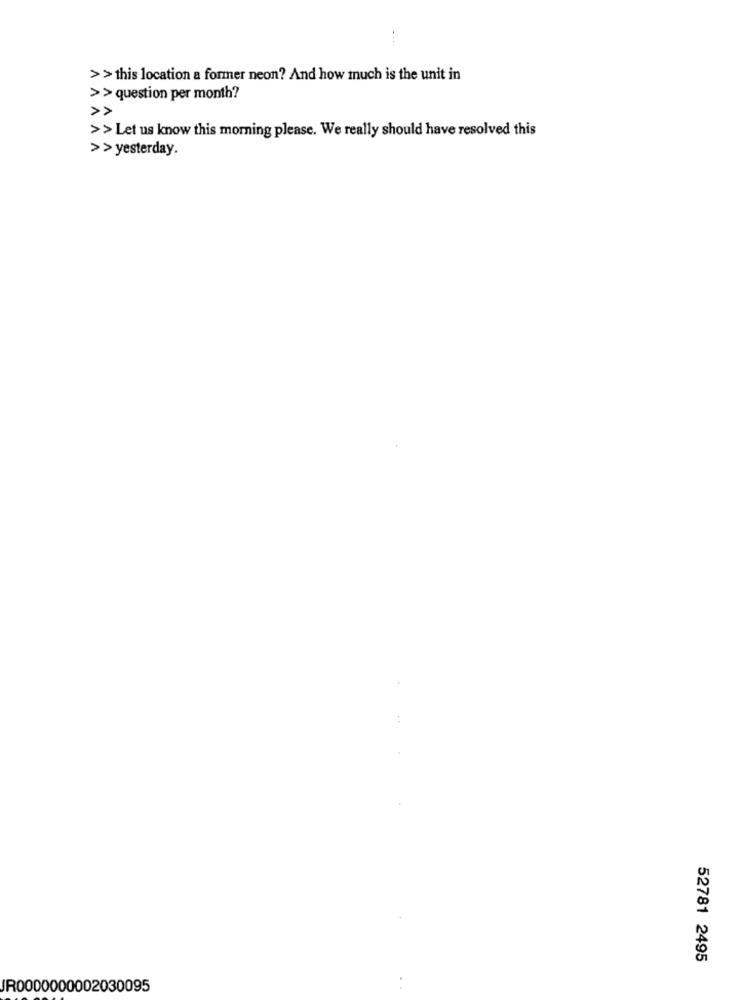
>> this location a former neon? And how much is the unit in
>> question per month?
>> Let us know this morning please. We really should have resolved this
>> yesterday.
52781 2495
JR0000000002030095